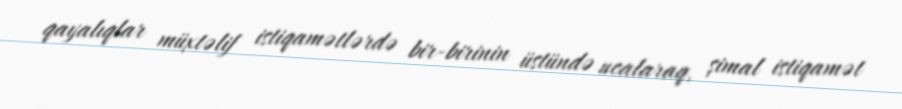
qayalıqlar müxtəlif istiqamətlərdə bir-birinin üstündə ucalaraq, şimal istiqamət